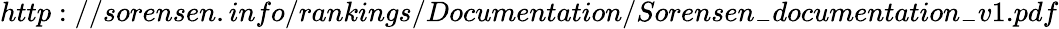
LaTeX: http://sorensen.info/rankings/Documentation/Sorensen_{-}documentation_{-}v1.pdf